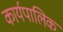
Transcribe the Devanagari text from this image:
कार्यपालिक